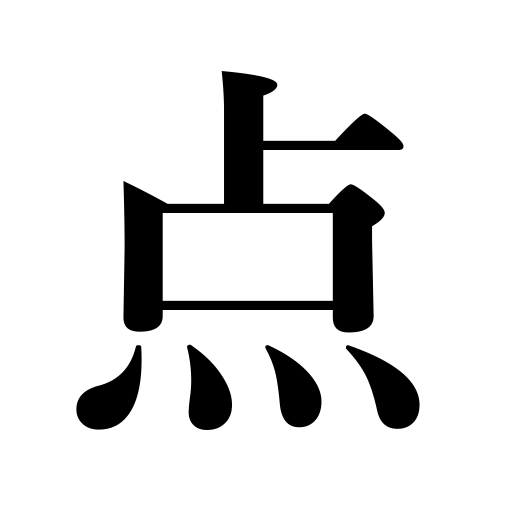
Meanings: vote,score,speck,defect,point,run,stain,items,decimal point,standpoint,pieces,a detail,mark